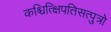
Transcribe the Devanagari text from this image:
कश्चित्क्षिपतिसत्पुत्रो